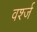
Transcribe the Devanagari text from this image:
वर्श्ज